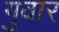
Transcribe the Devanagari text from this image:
गुवार